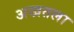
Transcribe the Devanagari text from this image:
अखतला